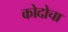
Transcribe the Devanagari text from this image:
कोदोचा